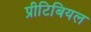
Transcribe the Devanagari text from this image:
प्रीटिबियल